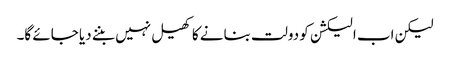
لیکن اب الیکشن کو دولت بنانے کا کھیل نہیں بننے دیا جائے گا۔